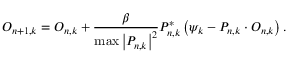
O _ { n + 1 , k } = O _ { n , k } + \frac { \beta } { \operatorname* { m a x } \left| P _ { n , k } \right| ^ { 2 } } P _ { n , k } ^ { * } \left( \psi _ { k } - P _ { n , k } \cdot O _ { n , k } \right) .